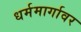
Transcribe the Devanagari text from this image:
धर्ममार्गावर